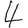
Digit: 4